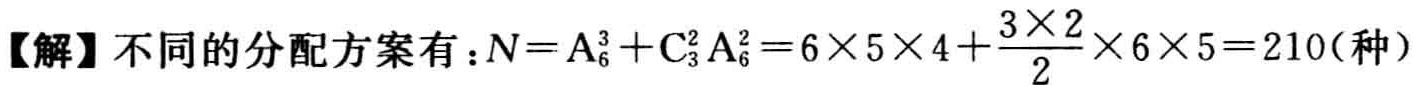
【解】不同的分配方案有：\(N = A_{6}^{3}+C_{3}^{2}A_{6}^{2}=6\times5\times4+\frac{3\times2}{2}\times6\times5 = 210(\text{种})\)